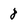
Character: 8